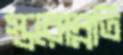
স্তরোন্নতি